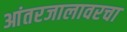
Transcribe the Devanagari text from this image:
आंतरजालावरचा